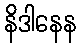
နိဒါနေန